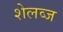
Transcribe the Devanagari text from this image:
शेलव्ज